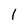
Character: l